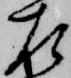
左